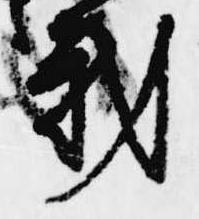
我